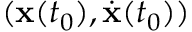
( { \bf x } ( t _ { 0 } ) , \dot { { \bf x } } ( t _ { 0 } ) )